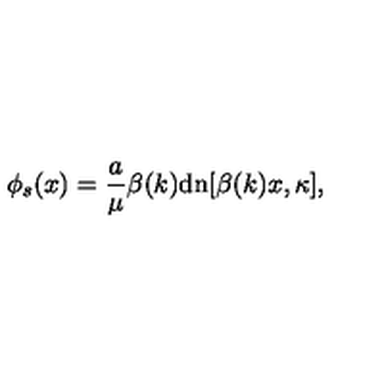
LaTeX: \phi _ { s } ( x ) = \frac { a } { \mu } \beta ( k ) \mathrm { d n } [ \beta ( k ) x , \kappa ] ,